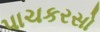
પાચકરસો